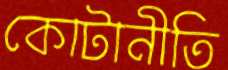
কোটানীতি